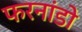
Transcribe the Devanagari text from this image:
फरनांडो